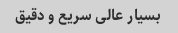
بسیار عالی سریع و دقیق